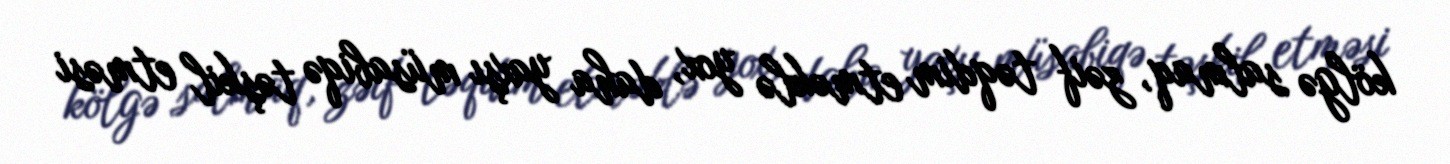
kölgə salmaq, zəif təqdim etməklə yox, daha yaxşı müsabiqə təşkil etməsi